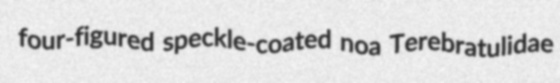
four-figured speckle-coated noa Terebratulidae